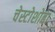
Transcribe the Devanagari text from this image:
चेस्टोशोवा